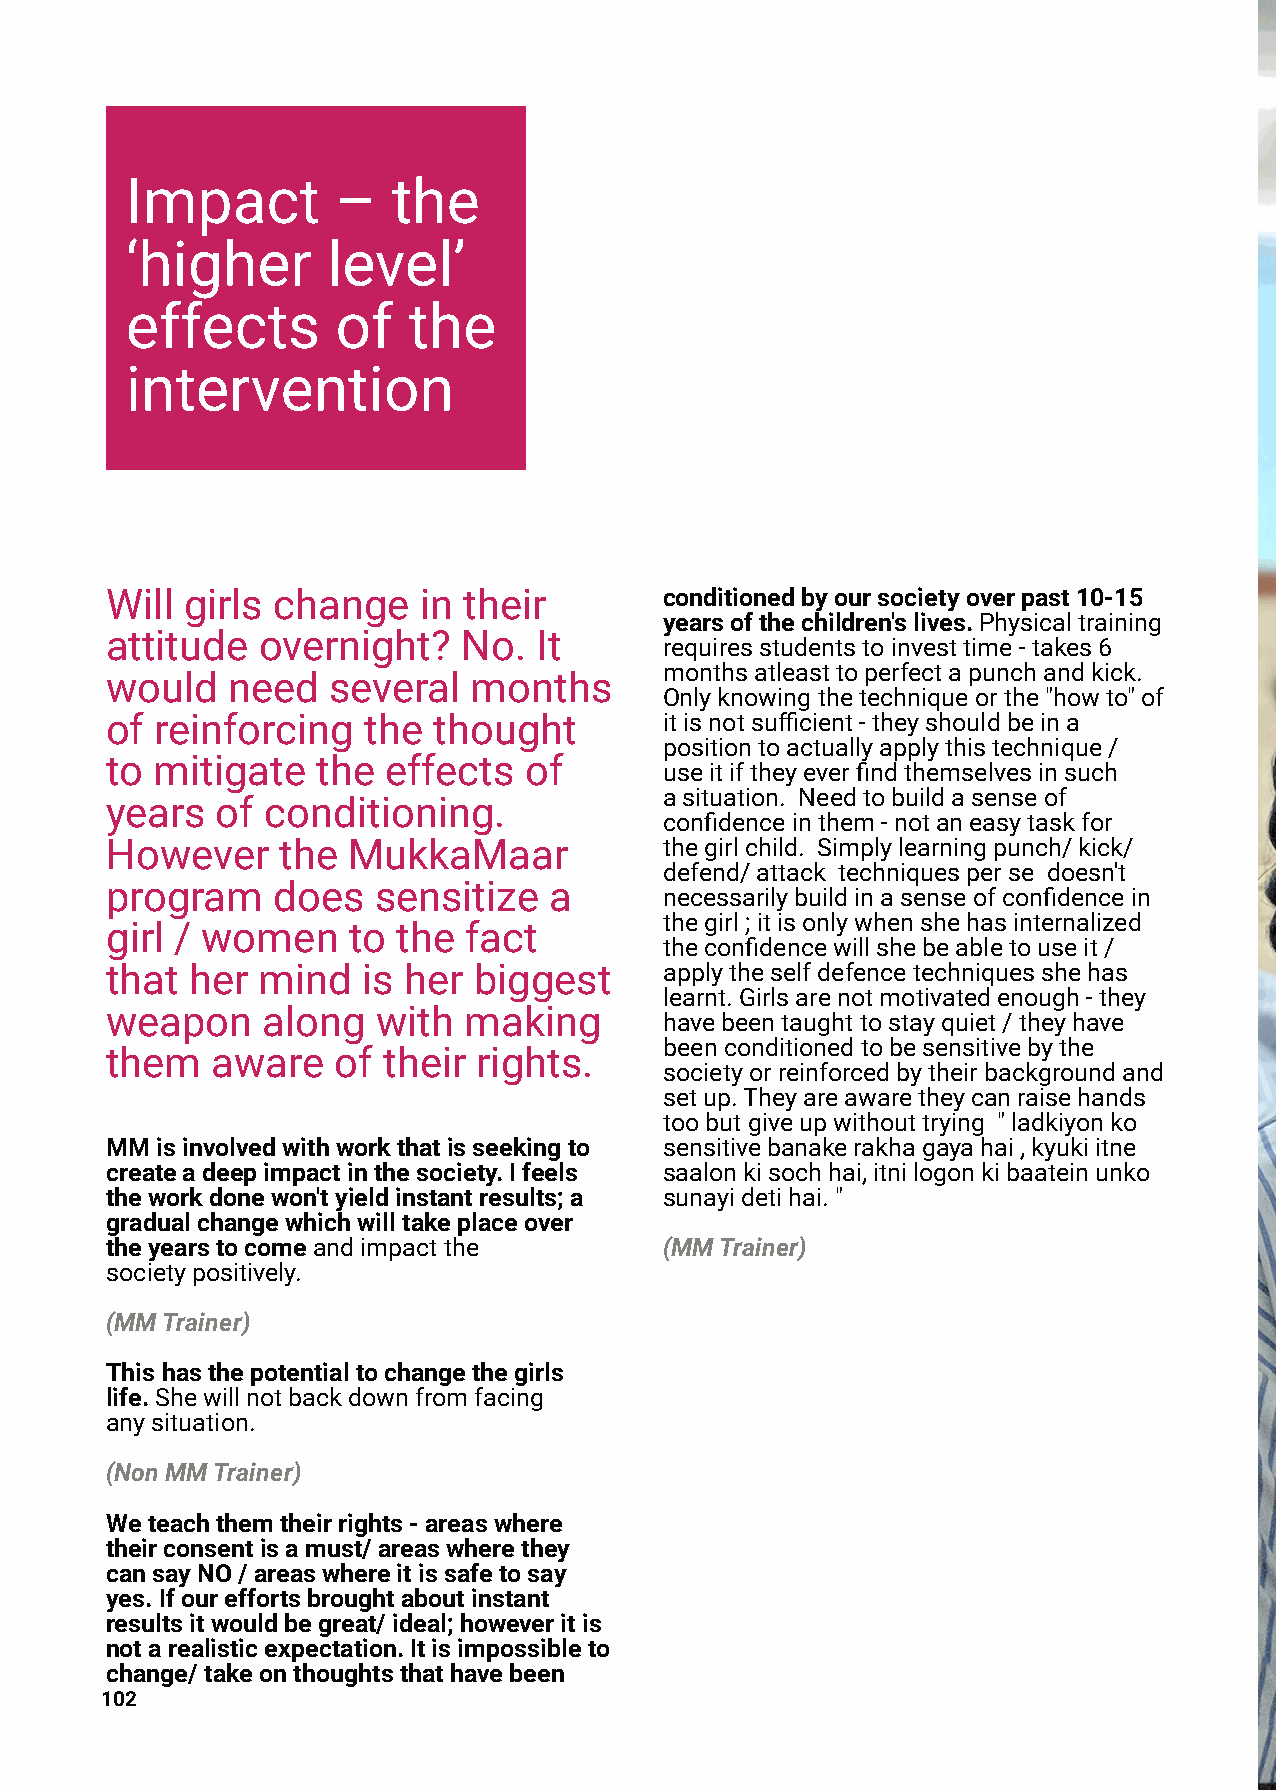
Impact        –   the
 ‘higher       level’
 effects       of   the
 intervention
 Will girls change    in their        conditionedbyoursocietyoverpast10-15
 yearsofthechildren'slives.Physicaltraining
 attitude  overnight?    No. It
 requiresstudentstoinvesttime-takes6
 monthsatleasttoperfectapunchandkick.
 would   need   several  months
 Onlyknowingthetechniqueorthe"howto"of
 of reinforcing   the  thought        itisnotsufficient-theyshouldbeina
 positiontoactuallyapplythistechnique/
 to mitigate   the effects   of
 useitiftheyeverfindthemselvesinsuch
 asituation. Needtobuildasenseof
 years  of  conditioning.
 confidenceinthem-notaneasytaskfor
 However    the  MukkaMaar            thegirlchild. Simplylearningpunch/kick/
 defend/attack techniquesperse doesn't
 program    does   sensitize  a
 necessarilybuildinasenseofconfidencein
 thegirl;itisonlywhenshehasinternalized
 girl / women    to the  fact
 theconfidencewillshebeabletouseit/
 that  her mind   is her biggest      applytheselfdefencetechniquesshehas
 learnt.Girlsarenotmotivatedenough-they
 weapon    along   with  making
 havebeentaughttostayquiet/theyhave
 beenconditionedtobesensitivebythe
 them   aware   of their  rights.
 societyorreinforcedbytheirbackgroundand
 setup.Theyareawaretheycanraisehands
 toobutgiveupwithouttrying "ladkiyonko
 MMisinvolvedwithworkthatisseekingto  sensitivebanakerakhagayahai,kyukiitne
 createadeepimpactinthesociety.Ifeels saalonkisochhai,itnilogonkibaateinunko
 theworkdonewon'tyieldinstantresults;a sunayidetihai."
 gradualchangewhichwilltakeplaceover
 theyearstocomeandimpactthe           (MMTrainer)
 societypositively.
 (MMTrainer)
 Thishasthepotentialtochangethegirls
 life.Shewillnotbackdownfromfacing
 anysituation.
 (NonMMTrainer)
 Weteachthemtheirrights-areaswhere
 theirconsentisamust/areaswherethey
 cansayNO/areaswhereitissafetosay
 yes.Ifoureffortsbroughtaboutinstant
 resultsitwouldbegreat/ideal;howeveritis
 notarealisticexpectation.Itisimpossibleto
 change/takeonthoughtsthathavebeen
 102